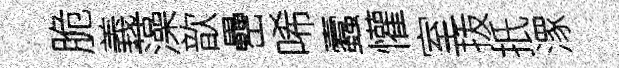
脆義藻歆罍唏蠧懽室㧞扺潈